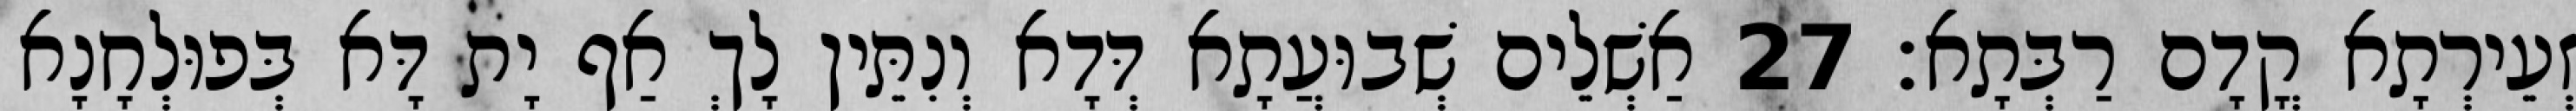
זְעֵירְתָא קֳדָם רַבְּתָא׃ 27 אַשְׁלֵים שְׁבוּעֲתָא דְּדָא וְנִתֵּין לָךְ אַף יָת דָּא בְּפוּלְחָנָא